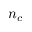
n _ { c }